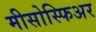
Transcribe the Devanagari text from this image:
मीसोस्फिअर